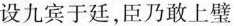
设九宾于廷，臣乃敢上壁